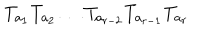
T _ { a _ { 1 } } T _ { a _ { 2 } } \ldots T _ { a _ { r - 2 } } T _ { a _ { r - 1 } } T _ { a _ { r } }